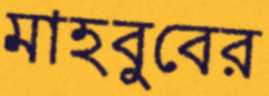
মাহবুবের